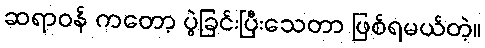
ဆရာဝန် ကတော့ ပွဲခြင်းပြီးသေတာ ဖြစ်ရမယ်တဲ့။